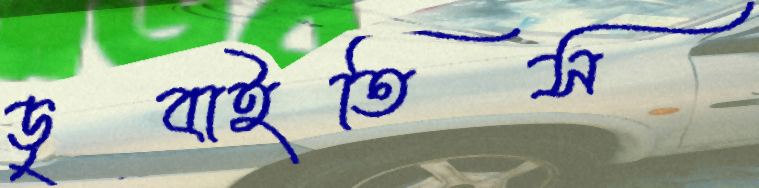
ডুবাইতিস